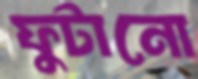
ফুটানো